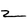
Character: Z